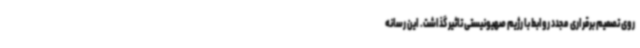
روی تصمیم برقراری مجدد روابط با رژیم صهیونیستی تاثیر گذاشت. این رسانه